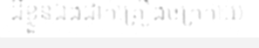
ដីខ្លួនឯងដាក់គ្រឿងចក្រកាយ